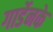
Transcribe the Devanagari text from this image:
गार्डेनके